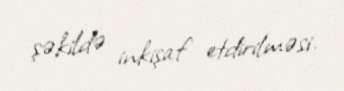
şəkildə inkişaf etdirilməsi.